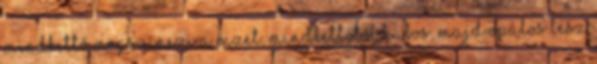
Mindkettő megszínezi a vizet, mindkettőtől habos, majd opálos lesz